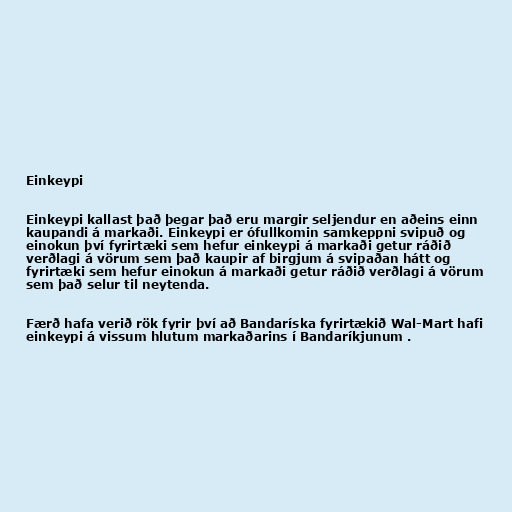
Einkeypi

Einkeypi kallast það þegar það eru margir seljendur en aðeins einn
kaupandi á markaði. Einkeypi er ófullkomin samkeppni svipuð og
einokun því fyrirtæki sem hefur einkeypi á markaði getur ráðið
verðlagi á vörum sem það kaupir af birgjum á svipaðan hátt og
fyrirtæki sem hefur einokun á markaði getur ráðið verðlagi á vörum
sem það selur til neytenda.

Færð hafa verið rök fyrir því að Bandaríska fyrirtækið Wal-Mart hafi
einkeypi á vissum hlutum markaðarins í Bandaríkjunum .